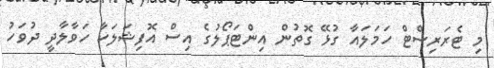
މި ޓެރަރިސްޓް ހަމަލައާ ގުޅޭ ގޮތުން އިންޓަޕޯލުގެ އިސް އޮފިޝަލަކާ ހަވާލާދީ ދުވަހު